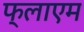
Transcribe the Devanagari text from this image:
फ्लाएम